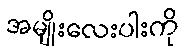
အမျိုးလေးပါးကို